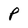
Character: p